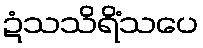
ဍံသသိရိံသပေ